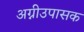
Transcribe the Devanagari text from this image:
अग्नीउपासक